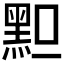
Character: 𪐪